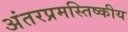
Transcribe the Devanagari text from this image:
अंतरप्रमस्तिष्‍कीय